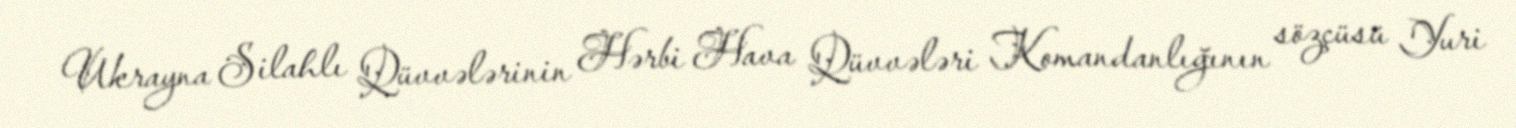
Ukrayna Silahlı Qüvvələrinin Hərbi Hava Qüvvələri Komandanlığının sözçüsü Yuri